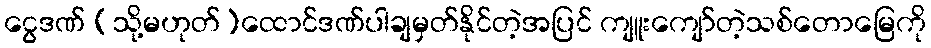
ငွေဒဏ် (သို့မဟုတ်)ထောင်ဒဏ်ပါချမှတ်နိုင်တဲ့အပြင် ကျူးကျော်တဲ့သစ်တောမြေကို